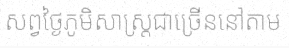
សព្វថ្ងៃភូមិសាស្ត្រជាច្រើននៅតាម